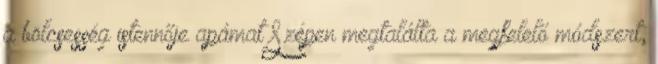
a bölcsesség istennője apámat Szépen megtalálta a megfelelő módszert,